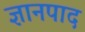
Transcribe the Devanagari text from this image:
ज्ञानपाद